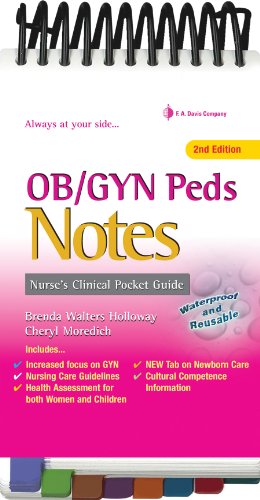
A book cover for OB/GYN & Peds Notes: Nurse's Clinical Pocket Guide (Nurse's Clinical Pocket Guides); Brenda Walters Holloway FNP-BC  DNSc; Medical Books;